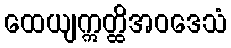
ထေယျဣတ္ထိအဝဒေသံ